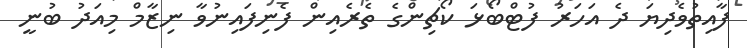
ފާއިތުވެދިޔަ ދެ އަހަރު ފުޓްބޯޅަ ކޯޗިންގެ ތެރެއިން ފެނިފައިނުވާ ނިޒާމް މިއަދު ބުނީ